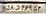
۵۸د۴۶۹۵۳